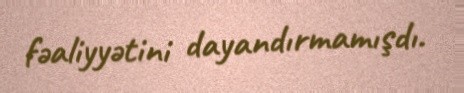
fəaliyyətini dayandırmamışdı.